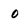
Character: O